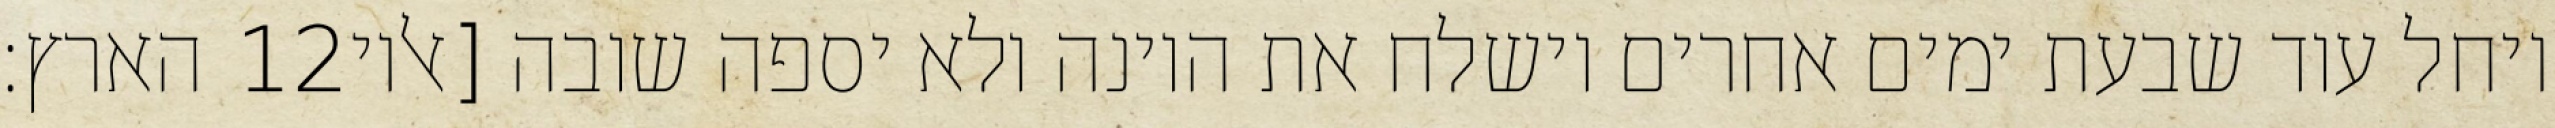
הארץ׃ ‎12‏ ויחל עוד שבעת ימים אחרים וישלח את היונה ולא יספה שובה [אליו